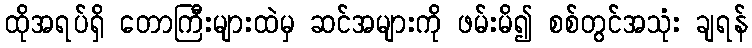
ထိုအရပ်ရှိ တောကြီးများထဲမှ ဆင်အများကို ဖမ်းမိ၍ စစ်တွင်အသုံး ချရန်